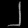
Digit: ၂